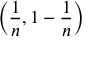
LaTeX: \left( { \frac { 1 } { n } } , 1 - { \frac { 1 } { n } } \right)